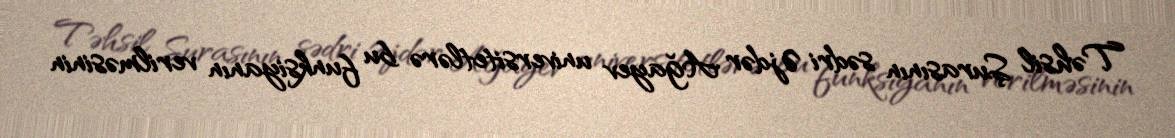
Təhsil Şurasının sədri Əjdər Ağayev universitetlərə bu funksiyanın verilməsinin